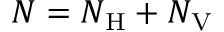
N = N _ { \mathrm { H } } + N _ { \mathrm { V } }